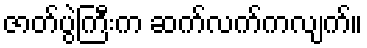
ဇာတ်ပွဲကြီးက ဆက်လက်ကလျက်။